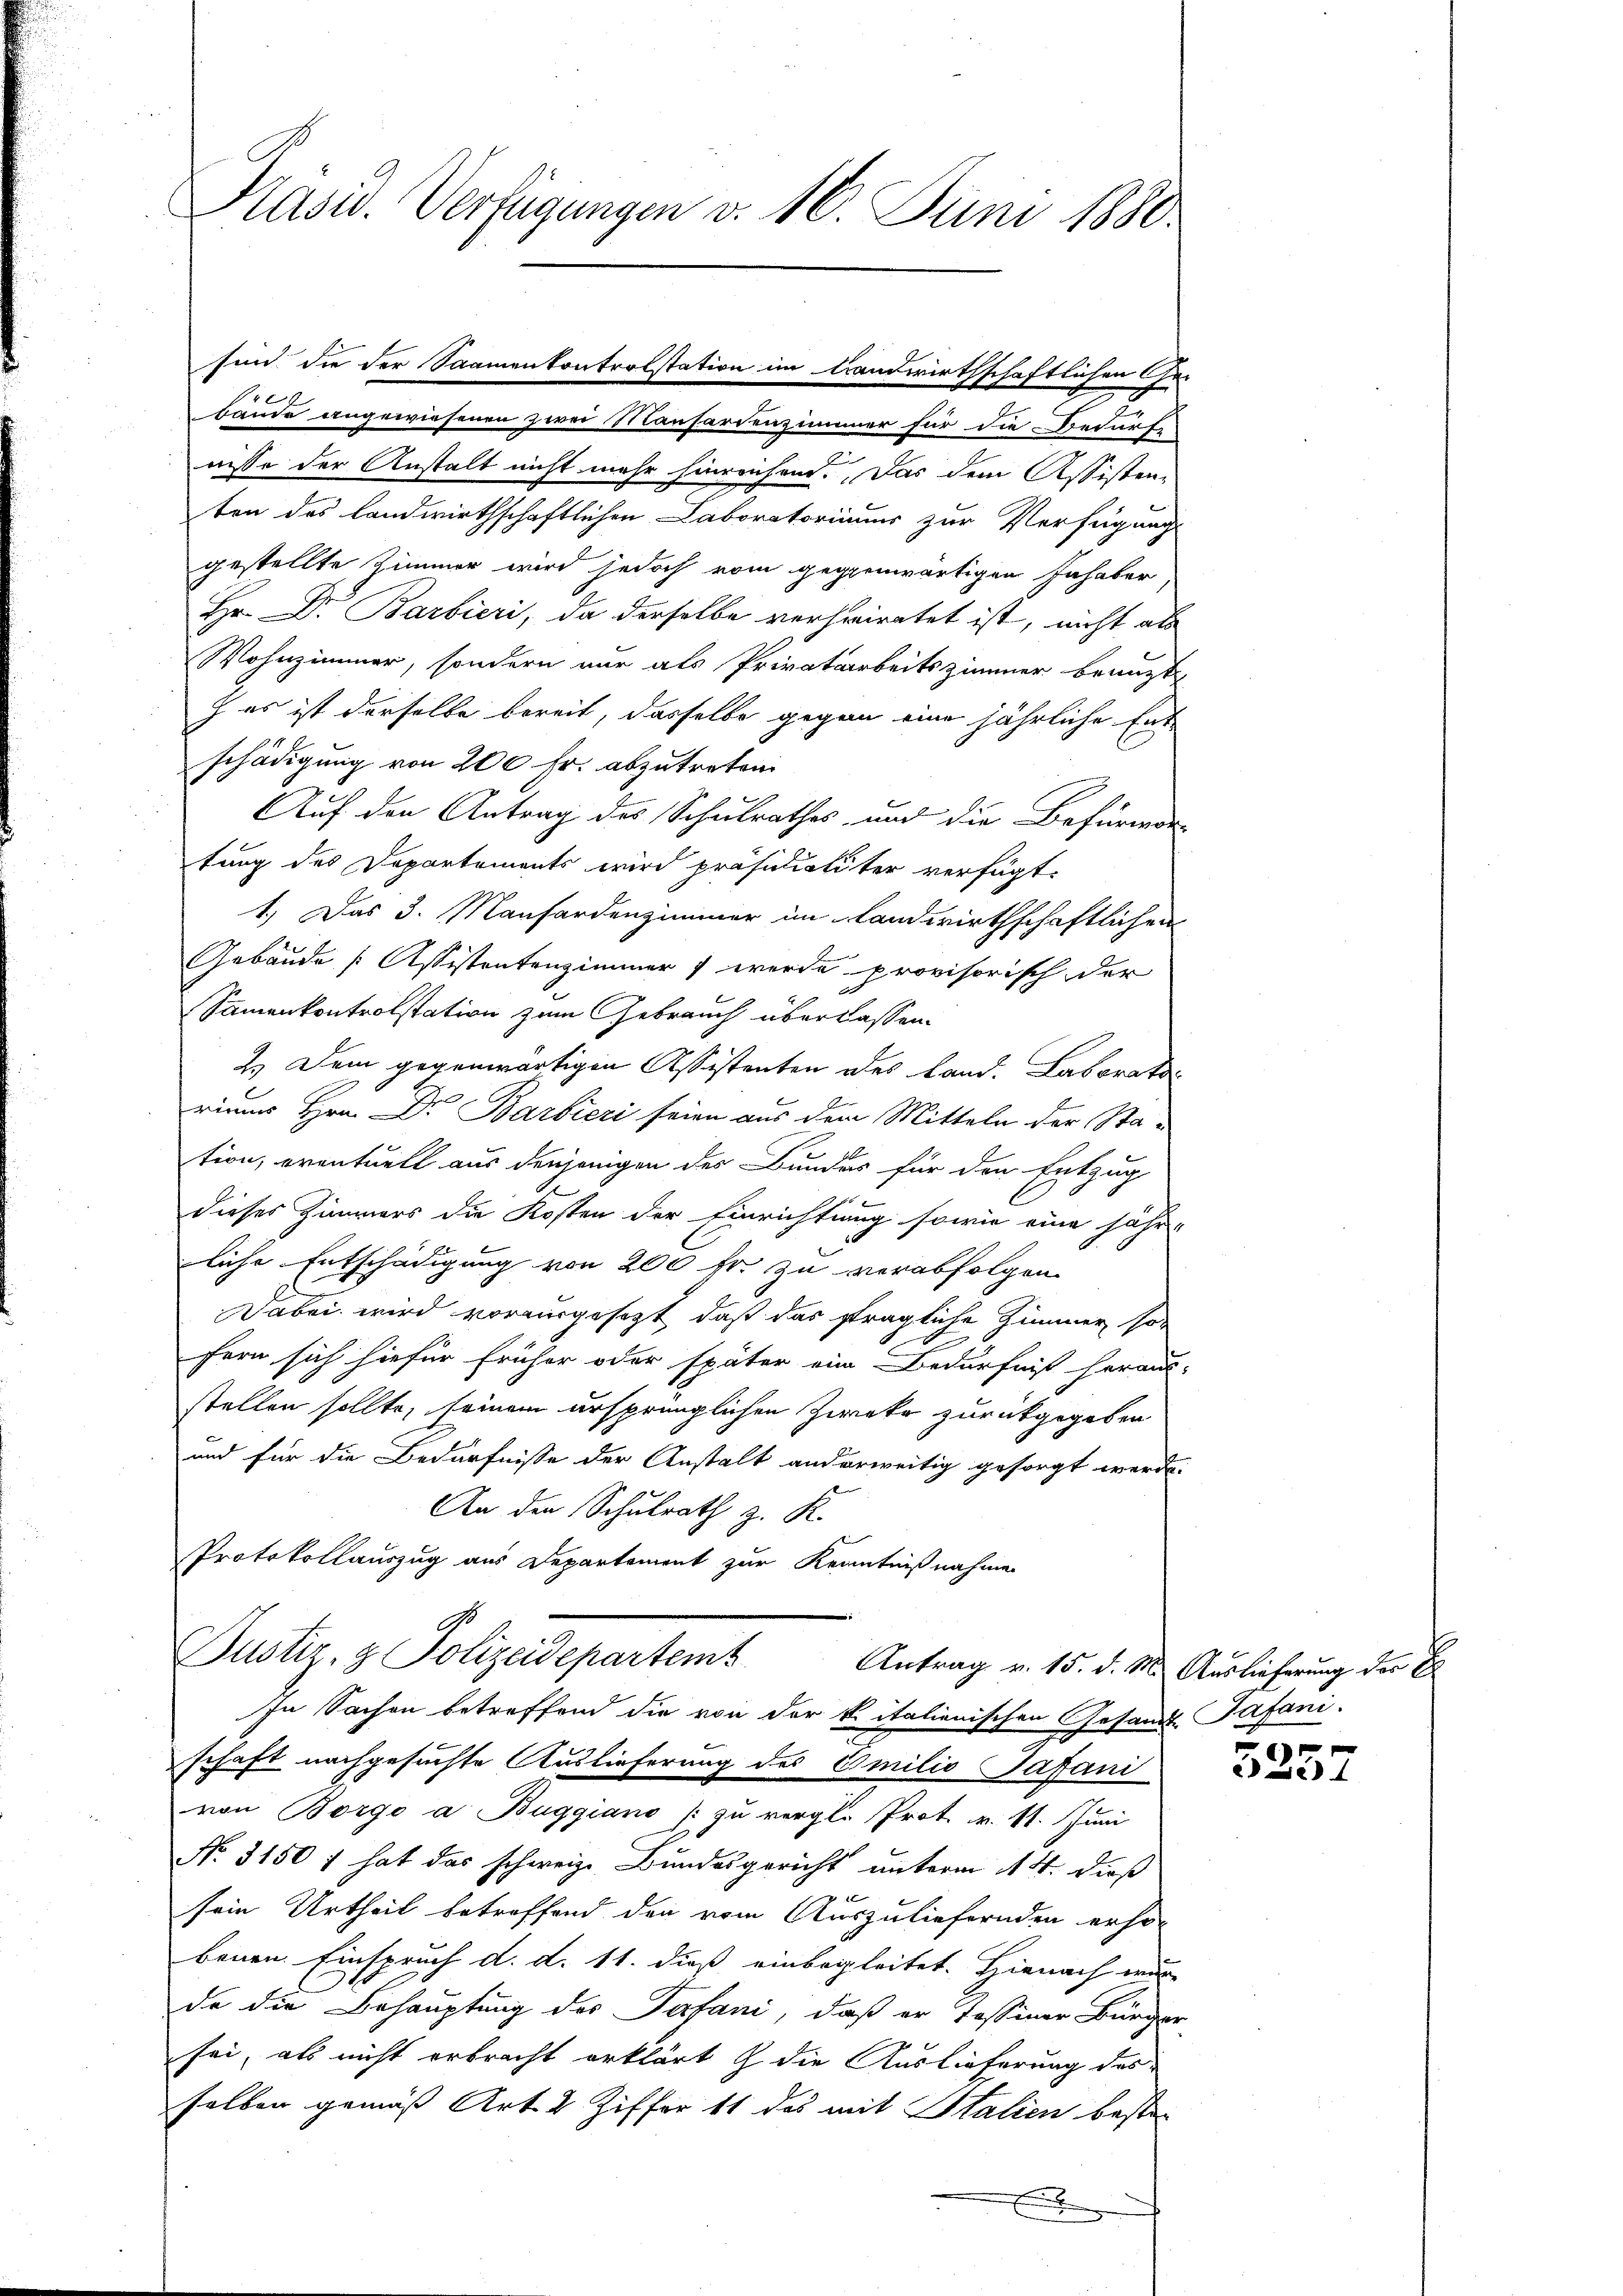
Präsid. Verfügungen v. 16. Juni 1880.

.
baude angewiesenen zwei Manhardenzimmer für die Bedürfe
wisse der Anstalt nicht mehr hinreichend. Das dem Assisten-
ten des Landwirthschaftlichen Laboratoriums zur Verfügung
gestellte Zimmer wird jedoch vom gegenwärtigen Inhaber
Hr. Dr. Barbieri, da derselbe verheiratet ist, nicht als
Wohnzimmer, sondern nur als Privatarbeitszimmer beauft
J es ist derselbe bereit, dasselbe gegen eine jährliche Entschädigung von 200 fr. abzutreten
Auf den Antrag des Schulrathes und die Befürwor-
tung des Departements wird präsidialiter verfügt:
1.) Das 3. Manfordenzimmer im Landwirthschaftlichen
Gebäude Assistentenzimmer werde provisorisch der
Samenkontrolstation zum Gebrauch überlassen.
2.) Dem gegenwärtigen Assistenten des Land. Laborats
riums Hrn. Dr. Barbieri seien aus dem Mitteln der Station, eventuell aus denjenigen des Bundes für den Entzug
10 x
dieses Zimmers die Kosten der Einrichtung sowie eine jähr-
liche Entschädigung von 200 fr. zu verabfolgen.
Dabei wird vorausgesezt, daß das strägliche Zimmer son
fern sich hiefür früher oder später ein Bedürfniß heraus-
stellen sollte, seinem ursprünglichen Zweke zurückgegeben
und für die Bedürfnisse der Anstalt anderweitig gesorgt werde.
An den Schulrath z. K.
Protokollauszug aus Departement zur Kenntnißnahme
G.
Justiz- & Polizeidepartem Antrag v. 15. d. M. Auslieferung der E
In Sachen betreffend die von der k. italienischen Gesandt Tafani.
schaft nachgesuchte Auslieferung des Emilio Japani
von Borgo a Buggiano / zu vergl. Prot. v. 11. Juni
No. 3150 f hat das schweiz. Bundesgericht unterm 14. dieß
sein Urtheil betreffend den vom Auszuliefernden erho-
benen Einspruch d. d. 11. dieß einbegleitet. Hienach wur
de die Behauptung des Gefani, daß er Tessiner Bürger
sei, als nicht erbracht erklärt & die Auslieferung des
selben gemäß Art. 2 Ziffer 11 des mit Stalien beste

sin die der Saamenkontrolstation im trandwirthschaftlichen Ge-

9
c e